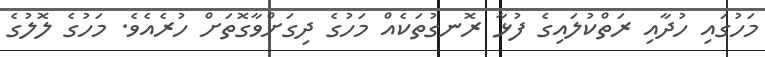
މަހުގައި ހުދާއި ރަތްކުލައިގެ ފުޅާ ރޮނގުތަކެއް މަހުގެ ދިގަށްވާގޮތަށް ހުރެއެވެ. މަހުގެ ލޮލުގެ